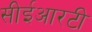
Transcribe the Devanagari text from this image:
सीईआरटी